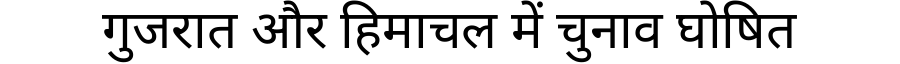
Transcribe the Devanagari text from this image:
गुजरात और हिमाचल में चुनाव घोषित